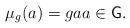
LaTeX: \begin{align*}\mu_g(a)=gaa\in \textsf{G}.\end{align*}